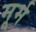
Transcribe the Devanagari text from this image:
मूर्म